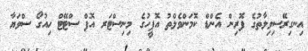
އިނގިރޭސިވިލާތުގެ ފޮރިން އެންޑް ކޮމަންވެލްތު އޮފީހުގެ މިނިސްޓަރ އޮފް ސްޓޭޓް ހިއުގޯ ސްވަޔާ